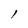
Character: l